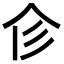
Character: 𢒃